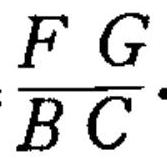
$\frac{FG}{BC}$